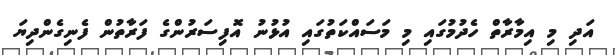
އަދި މި އިމާރާތް ހެދުމުގައި މި މަސައްކަތުގައި އުޅުނު އޮފިސަރުންގެ ފަރާތުން ފެނިގެންދިޔަ